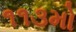
૧૧૩મો